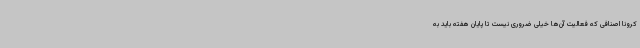
کرونا اصنافی که فعالیت آن‌ها خیلی ضروری نیست تا پایان هفته باید به